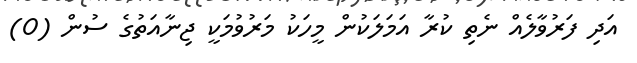
އަދި ފަރުވާލެއް ނެތި ކުރާ އަމަލަކުން މީހަކު މަރުވުމަކީ ޖިނާއަތުގެ ސުން (0)